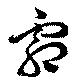
霜